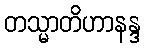
တသ္မာတိဟာနန္ဒ